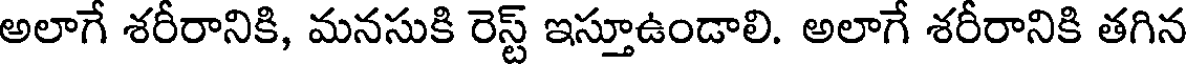
అలాగే శరీరానికి, మనసుకి రెస్ట్ ఇస్తూఉండాలి. అలాగే శరీరానికి తగిన